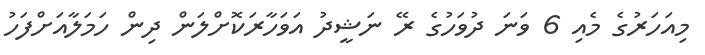
މިއަހަރުގެ މެއި 6 ވަނަ ދުވަހުގެ ރޭ ނަޝީދު އަވަހާރަކޮށްލަން ދިން ހަމަލާއަށްފަހު